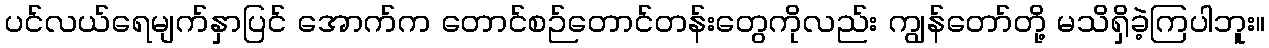
ပင်လယ်ရေမျက်နှာပြင် အောက်က တောင်စဉ်တောင်တန်းတွေကိုလည်း ကျွန်တော်တို့ မသိရှိခဲ့ကြပါဘူး။